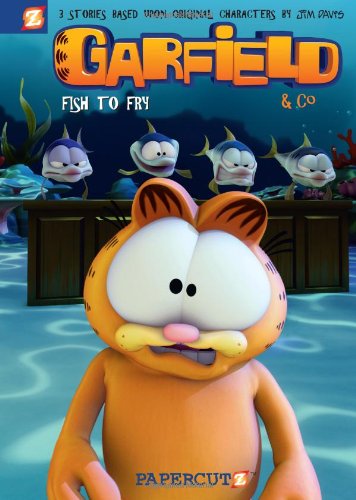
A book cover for Garfield & Co. #1: Fish to Fry (Garfield Graphic Novels); Jim Davis; Humor & Entertainment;